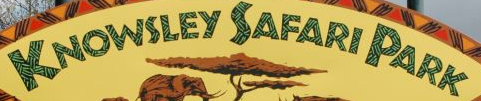
KNOWSLEY SAFARI PARK